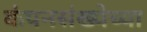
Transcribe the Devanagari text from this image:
कंपनसंख्येच्या